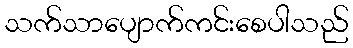
သက်သာပျောက်ကင်းစေပါသည်